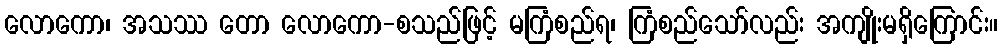
လောကော၊ အသဿ တော လောကော-စသည်ဖြင့် မကြံစည်ရ၊ ကြံစည်သော်လည်း အကျိုးမရှိကြောင်း။